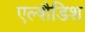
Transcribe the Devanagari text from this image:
एल्शैडिश